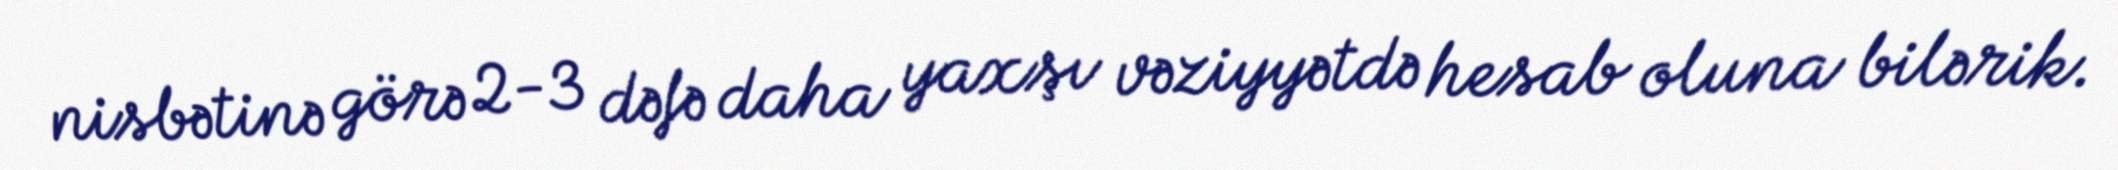
nisbətinə görə 2-3 dəfə daha yaxşı vəziyyətdə hesab oluna bilərik.